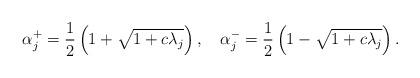
LaTeX: \begin{align*} \alpha_j^{+}=\frac 1 2\left(1+\sqrt{1+c\lambda_j} \right),\ \ \ \alpha_j^{-}=\frac 1 2\left(1-\sqrt{1+c\lambda_j}\right).\end{align*}